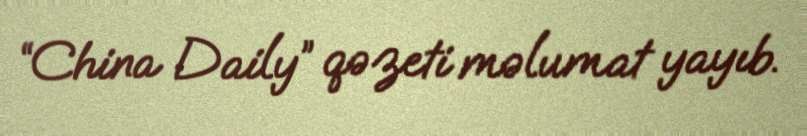
“China Daily” qəzeti məlumat yayıb.